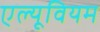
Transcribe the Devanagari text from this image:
एल्यूवियम